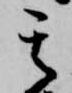
其